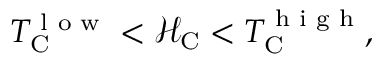
\begin{array} { r } { T _ { \mathrm C } ^ { \textnormal { l o w } } < \mathscr { H } _ { \mathrm C } < T _ { \mathrm C } ^ { \textnormal { h i g h } } , } \end{array}